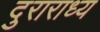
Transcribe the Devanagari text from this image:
दुराराध्य